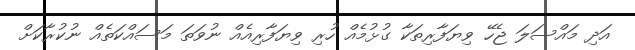
އަދި މައްސަލަ ޖެހޭ ވިޔަފާރިތަކާ ގުޅުމެއް ހުރި ވިޔަފާރިއެއް ނުވަތަ މަސައްކަތެއް ނުކުރާކަށް